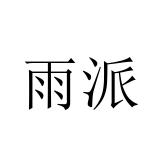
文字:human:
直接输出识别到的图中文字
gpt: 雨派